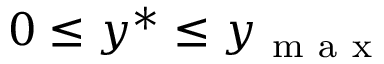
0 \leq y ^ { * } \leq y _ { \mathrm { ~ m ~ a ~ x ~ } }